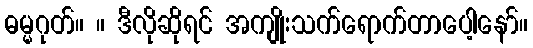
ဓမ္မဂုတ်။ ။ ဒီလိုဆိုရင် အကျိုးသက်ရောက်တာပေါ့နော်။